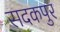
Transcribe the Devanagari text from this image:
सदकपुर